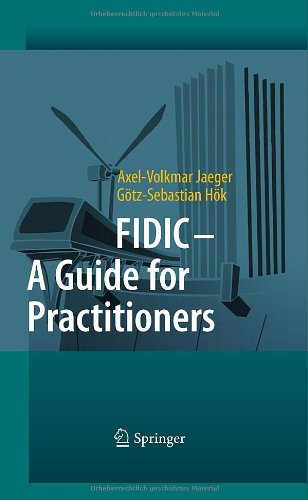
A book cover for FIDIC - A Guide for Practitioners; Axel-Volkmar Jaeger; Law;